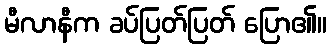
မီလာနီက ခပ်ပြတ်ပြတ် ပြော၏။